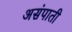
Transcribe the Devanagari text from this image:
असंपाती